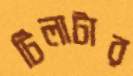
টিলাটার